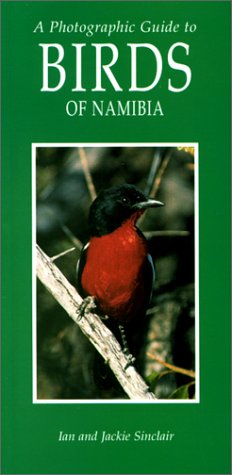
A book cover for Photographic Guide to the Birds of Namibia; Ian Sinclair; Travel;